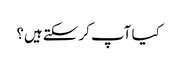
کیا آپ کر سکتے ہیں؟